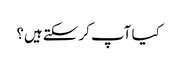
کیا آپ کر سکتے ہیں؟